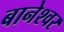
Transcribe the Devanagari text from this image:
बानेश्वर